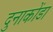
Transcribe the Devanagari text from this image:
दुनाकोंडा